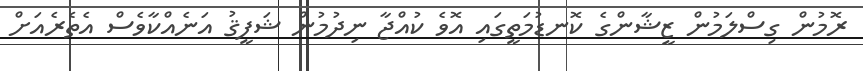
ރޮމުން ގިސްލަމުން ޒީޝާންގެ ކޮނޑުމަތީގައި އޮވެ ކުއްޖާ ނިދުމުން ޝަފީޤު އަނެއްކާވެސް އެތެރެއަށް